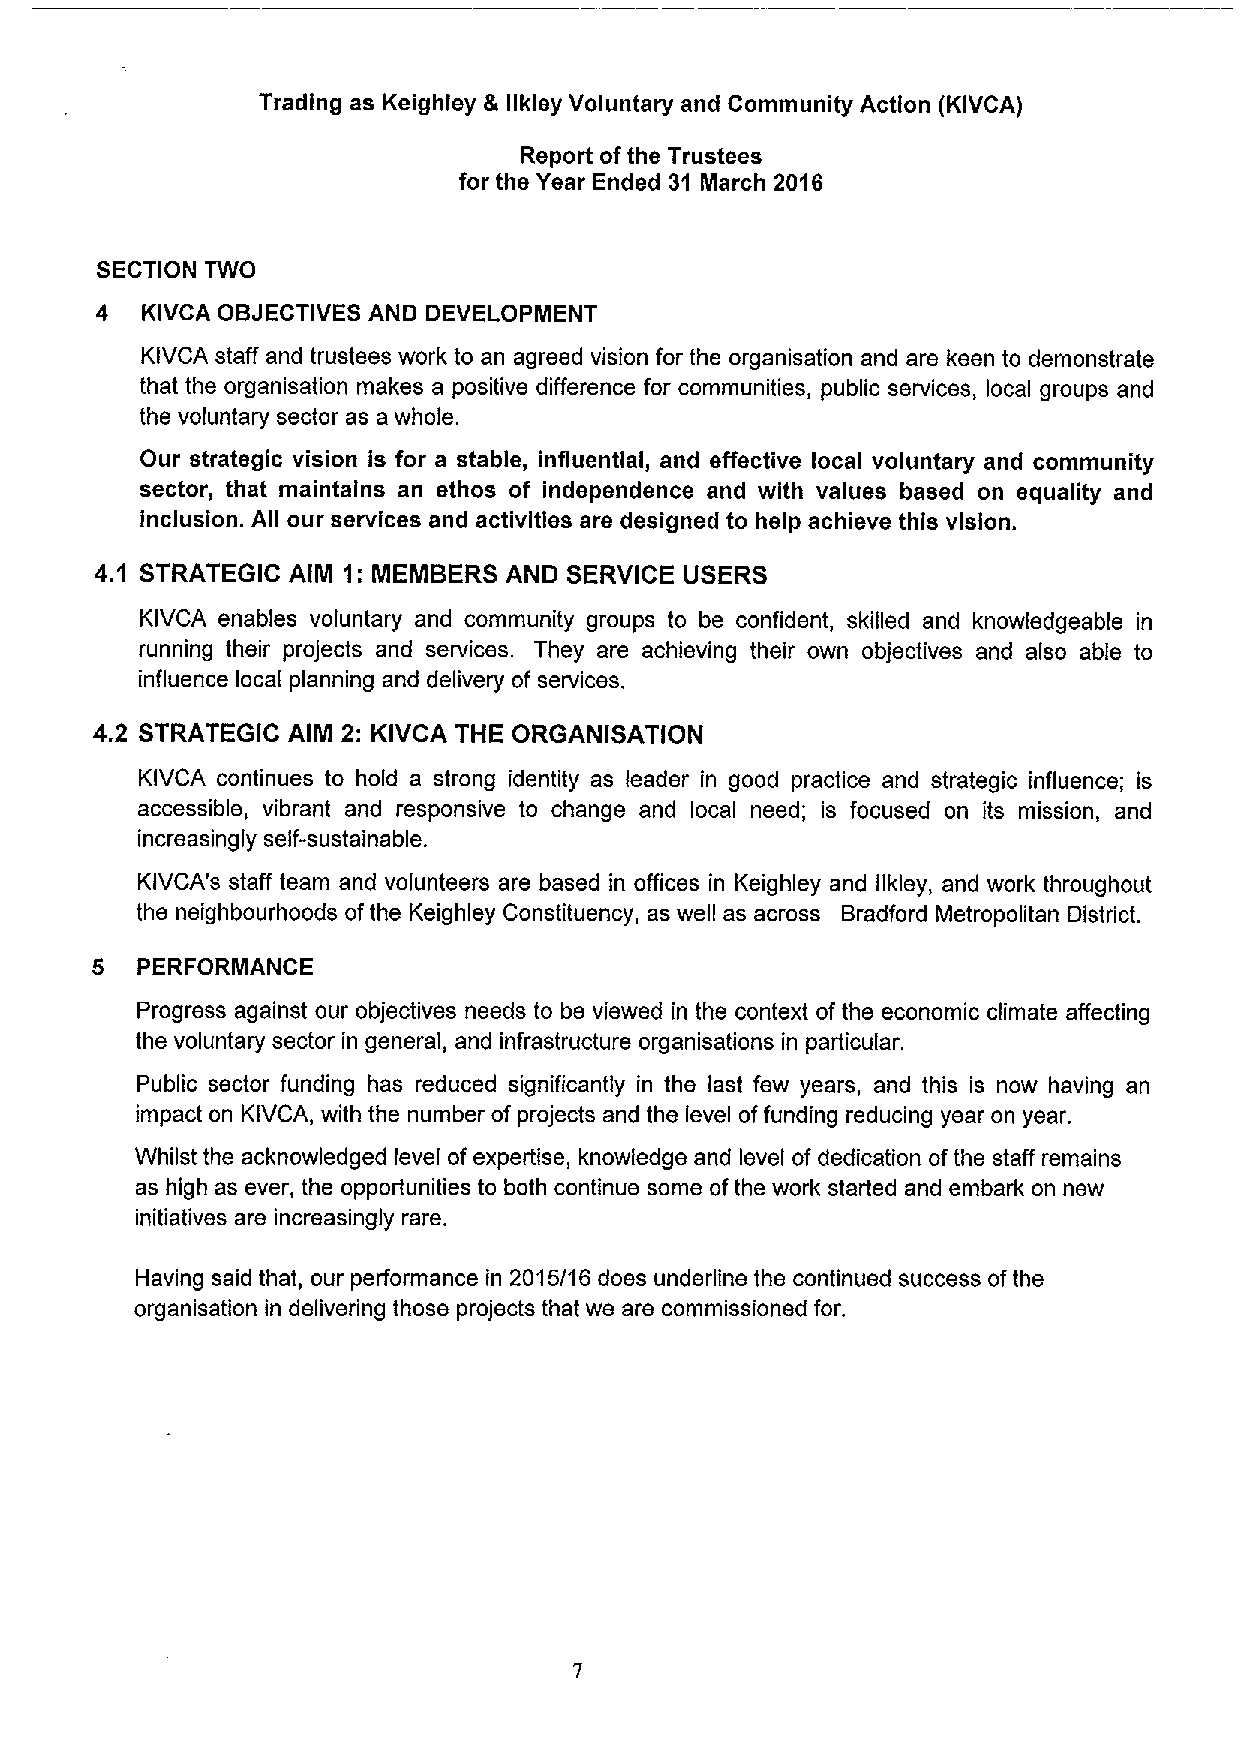
Trading as Keighley & llkley Voluntary and Community Action (KIVCA)
 Report ofthe Trustees
 for the Year Ended 31 March 2016
 SECTION TWO
 4  KIVCA OBJECTIVES AND DEVELOPMENT
 KIVCA staff and trustees work to an agreed vision for the organisation and are keen to demonstrate
 that the organisation makes a positive difference for communities, public services, local groups and
 the voluntary sector as a whole.
 Our strategic vision is for a stable, influential, and effective local voluntary and community
 sector, that maintains an ethos of independence and with values based on equality and
 inclusion. All our services and activities are designed to help achieve this vision.
 4.1 STRATEGIC AIM 1: MEMBERS AND SERVICE USERS
 KIVCA enables voluntary and community groups to be confident, skilled and knowledgeable in
 running their projects and services. They are achieving their own objectives and also abls to
 influence local planning and delivery of services.
 4.2 STRATEGIC AIM 2: KIVCA THE ORGANISATION
 KIVCA continues to hold a strong identity as leader in good practice and strategic influence; is
 accessible, vibrant and responsive to change and local need; is focused on its mission, and
 increasingly self-sustainable.
 KIVCA's staff team and volunteers are based in offices in Keighley and llkley, and work throughout
 the neighbourhoods ofthe Keighley Constituency, as well as across Bradford Metropolitan District.
 5  PERFORMANCE
 Progress against our objectives needs to be viewed in the context of the economic climate affecting
 the voluntary sector in general, and infrastructure organisations in particular.
 Public sector funding has reduced significantly in the last few years, and this is now having an
 impact on KIVCA, with the number of projects and the level offunding reducing year on year.
 Whilst the acknowledged level ofexpertise, knowledge and level of dedication ofthe staff remains
 as high as ever, the opportunities to both continue some ofthe work started and embark on new
 initiatives are increasingly rare.
 Having said that, our performance in 2015/16 does underline the continued success ofthe
 organisation in delivering those projects that we are commissioned for.